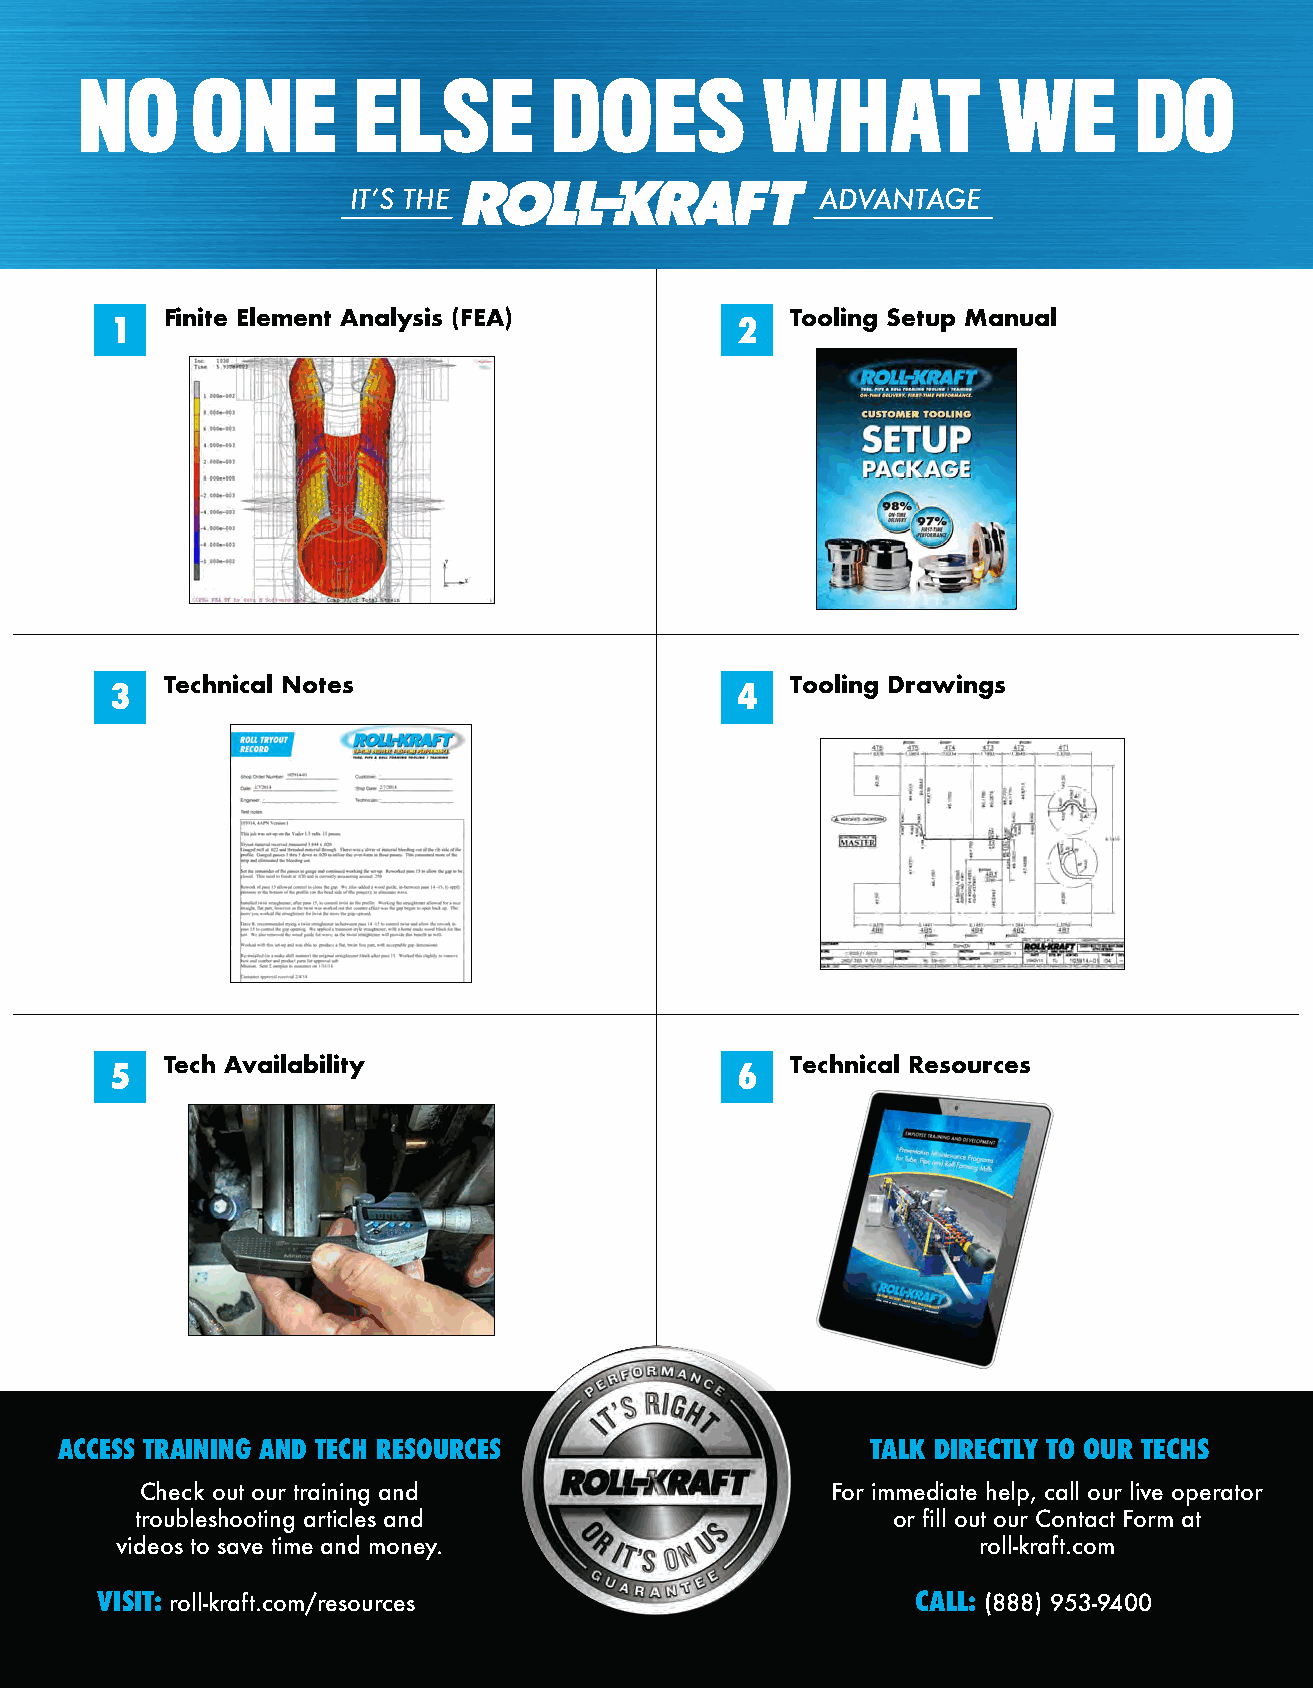
NO      ONE       ELSE         DOES          WHAT            WE       DO
 ITʼS THE                       ADVANTAGE
 Finite Element Analysis (FEA)            Tooling Setup Manual
 1                                         2
 Technical Notes                          Tooling Drawings
 3                                         24
 Tech Availability                        Technical Resources
 5                                         6
 WHEN WE GUARANTEE:
 Testing prior to production
 Setup manual for quick setup
 Tooling drawings
 Technician availability
 First-time performance
 ACCESS TRAINING AND TECH RESOURCES                    TALK DIRECTLY TO OUR TECHS
 Check out our training and                    For immediate help, call our live operator
 troubleshooting articles and                      or fill out our Contact Form at
 videos to save time and money.                           roll-kraft.com
 VISIT: roll-kraft.com/resources                        CALL: (888) 953-9400